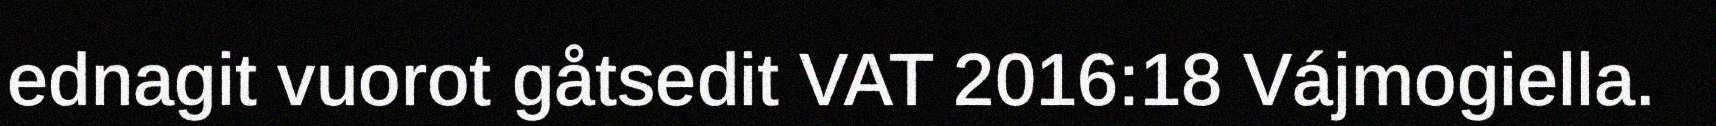
ednagit vuorot gåtsedit VAT 2016:18 Vájmogiella.